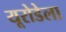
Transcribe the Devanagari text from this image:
यूरोडेला